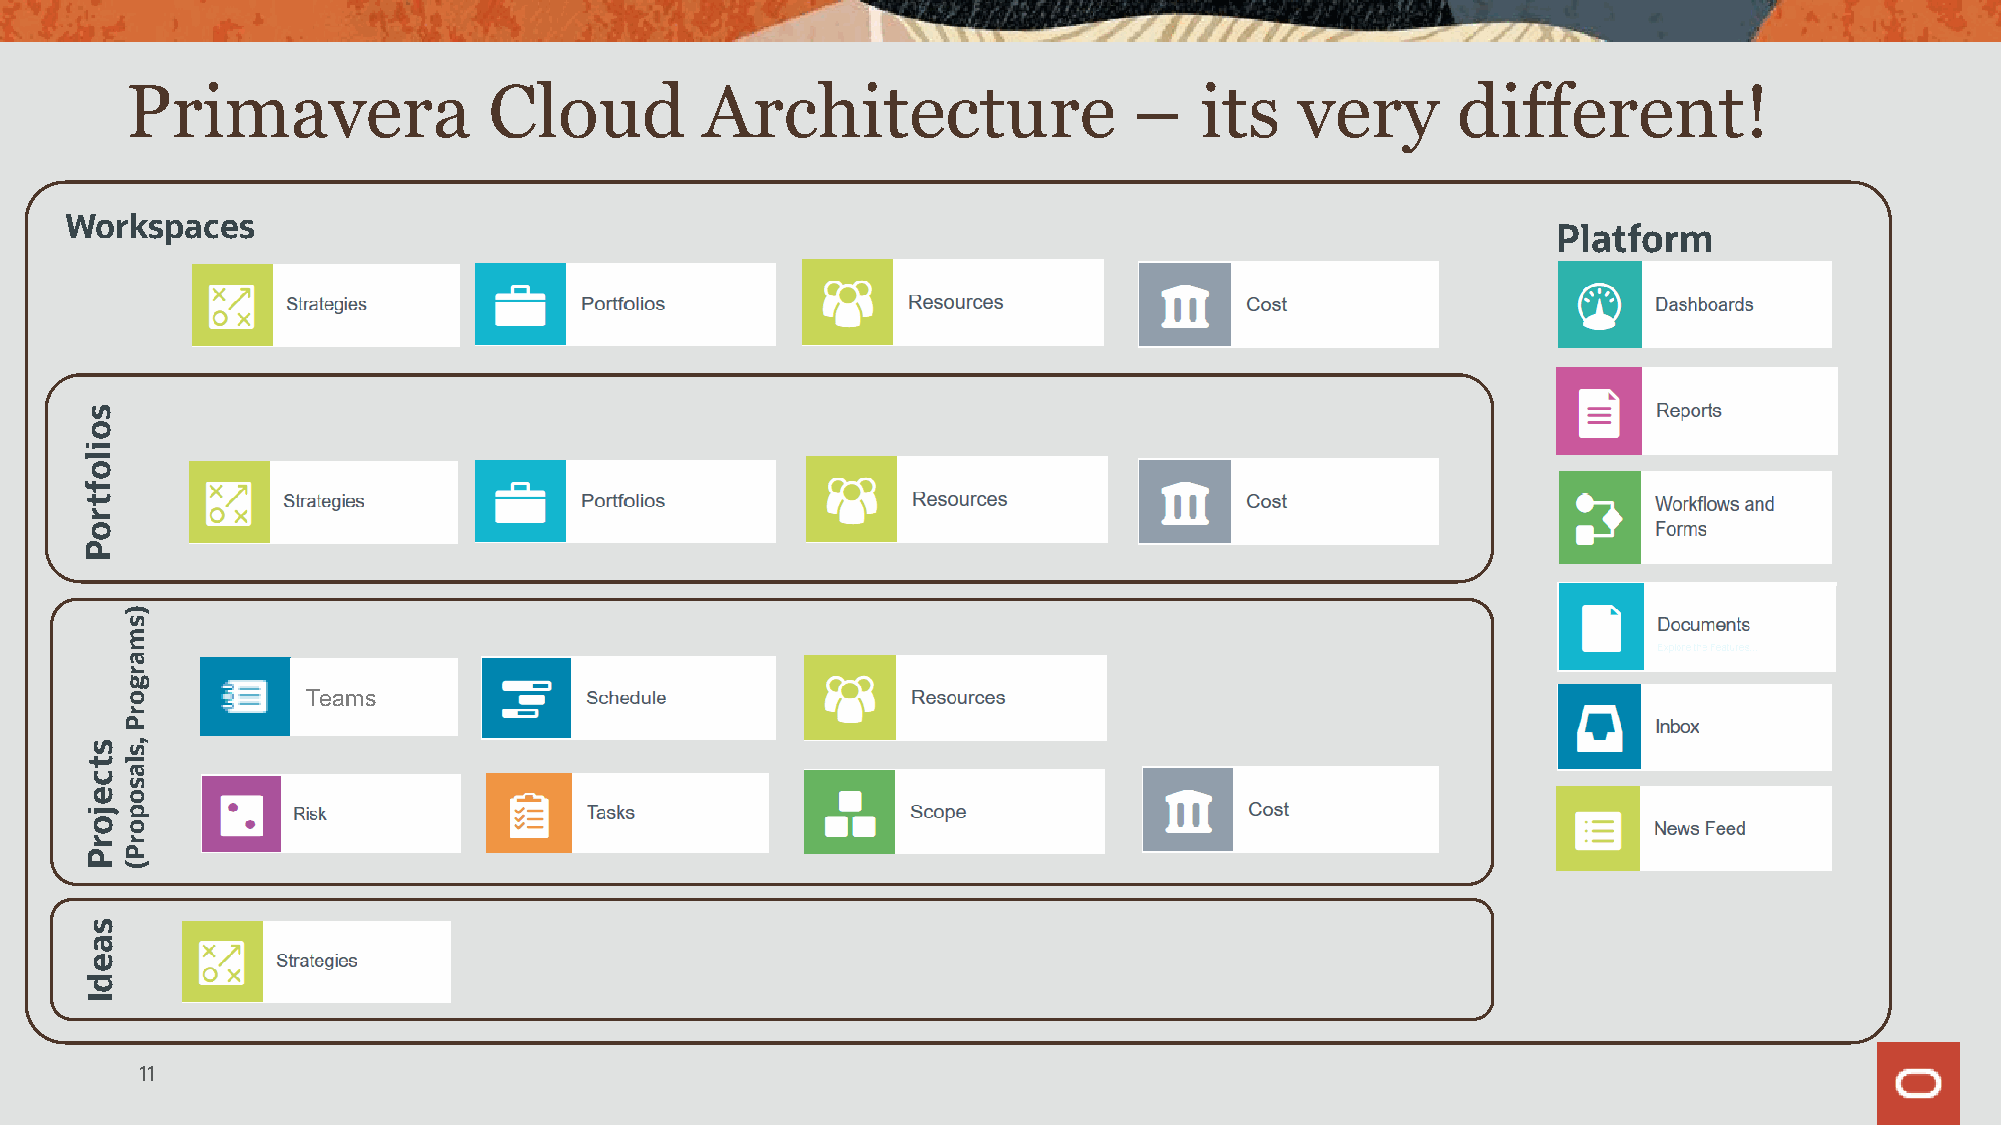
Primavera               Cloud         Architecture                 –   its    very      different!
 Workspaces
 Platform
 s
 o
 i
 l
 o
 f
 t
 r
 o
 P
 )
 s
 m
 a
 r
 g
 o           Teams
 r
 P
 s , s
 tl
 a
 c
 s
 eo
 jp
 oo
 rr
 PP
 (
 s
 a
 e
 d
 I
 11